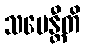
သမေန္တီတိ